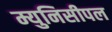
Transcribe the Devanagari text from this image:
म्युनिसीपल